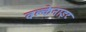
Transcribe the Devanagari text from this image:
वल्केनाइट